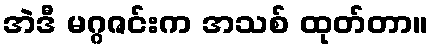
အဲဒီ မဂ္ဂဇင်းက အသစ် ထုတ်တာ။